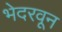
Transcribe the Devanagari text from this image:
भेदरवून